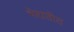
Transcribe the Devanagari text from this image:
भेदातीत